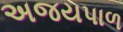
અજયપાળ